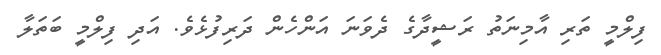
ފިލްމީ ތަރި އާމިނަތު ރަޝީދާގެ ދެވަނަ އަންހެން ދަރިފުޅެވެ. އަދި ފިލްމީ ބަތަލާ